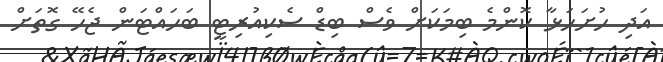
އަދި ހުށަހަޅާ ކޮންމެ ބިމަކަށް ވެސް ބިޑް ސެކިއުރިޓީ ބަހައްޓަން ޖެހޭ ގޮތަށް